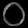
Digit: ၀